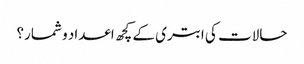
حالات کی ابتری کے کچھ اعداد و شمار؟